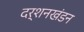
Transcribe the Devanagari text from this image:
दर्शनखंडन